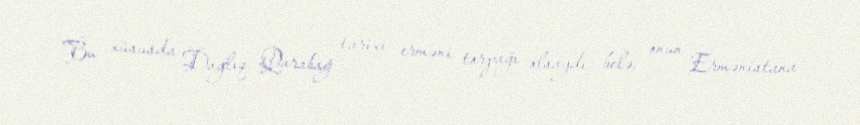
Bu xüsusda Dağlıq Qarabağ tarixi erməni torpağı olsaydı belə, onun Ermənistana